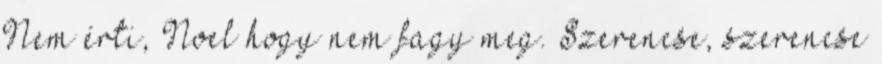
Nem érti, Noel hogy nem fagy meg. Szerencse, szerencse